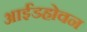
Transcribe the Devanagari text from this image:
आईंडहोवन